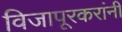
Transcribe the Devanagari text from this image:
विजापूरकरांनी